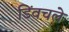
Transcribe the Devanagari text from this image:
डिंवचले